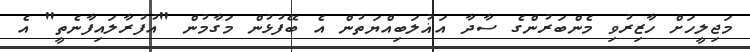
މަޖިލީހަށް ހާޒިރުވި މެންބަރުންގެ ސާދާ އަޣުލަބިއްޔަތުން އެ ބޭފުޅުން މަގާމުން "އުފުރާލައިފާނެތީ" އެ